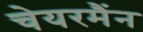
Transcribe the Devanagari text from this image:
चेयरमैंन